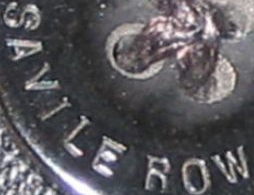
SAVILE ROW